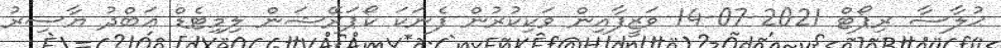
ޙުލާސާ ރިޕޯޓް 2021-07-14 ވަޒީފާއިން ވަކިކުރުން ފެނަކަ ކޯޕަރޭޝަން ލިމިޓެޑް ޢަބްދު ޔާސިރު